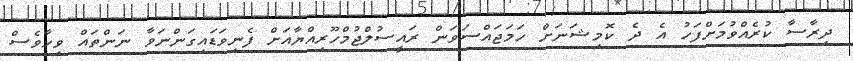
ދިރާސާ ކުރެއްވުމަށްފަހު އެ ދެ ކޮމިޝަނަށް ހަމަޖައްސަވަން ރައީސުލްޖުމްހޫރިއްޔާއަށް ފެނިވަޑައިގަންނަވާ ނަންތައް ވިހާވެސް